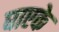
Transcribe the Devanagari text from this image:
घाएके